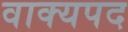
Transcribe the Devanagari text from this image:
वाक्यपद